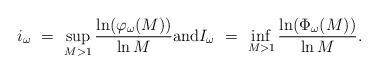
LaTeX: \begin{align*} i_\omega \ =\ \sup_{M>1} \frac{\ln (\varphi_\omega(M))}{\ln M} \mbox{and}I_\omega \ =\ \inf_{M>1} \frac{\ln (\Phi_\omega(M))}{\ln M}.\end{align*}